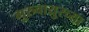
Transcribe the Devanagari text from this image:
गुरुवाय्रुरच्या